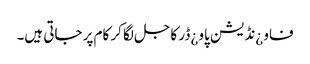
فاو ¿نڈیشن پاو ¿ڈر کاجل لگا کر کام پر جاتی ہیں۔